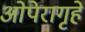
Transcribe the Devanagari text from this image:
ओपेरागृहे